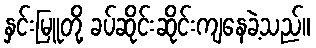
နှင်းမြူတို့ ခပ်ဆိုင်းဆိုင်းကျနေခဲ့သည်။